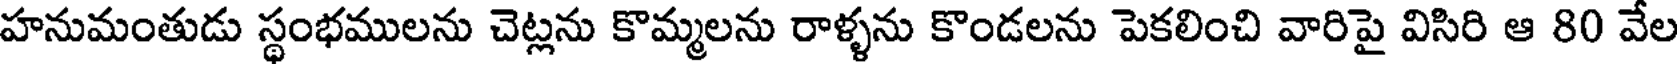
హనుమంతుడు స్థంభములను చెట్లను కొమ్మలను రాళ్ళను కొండలను పెకలించి వారిపై విసిరి ఆ 80 వేల